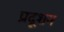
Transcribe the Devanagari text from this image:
प्रदूशन